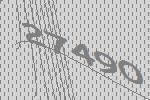
27490